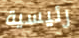
رئيسية